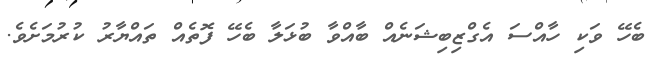
ބެހޭ ވަކި ހާއްސަ އެގްޒިބިޝަނެއް ބާއްވާ ބުޅަލާ ބެހޭ ފޮތެއް ތައްޔާރު ކުރުމަށެވެ.